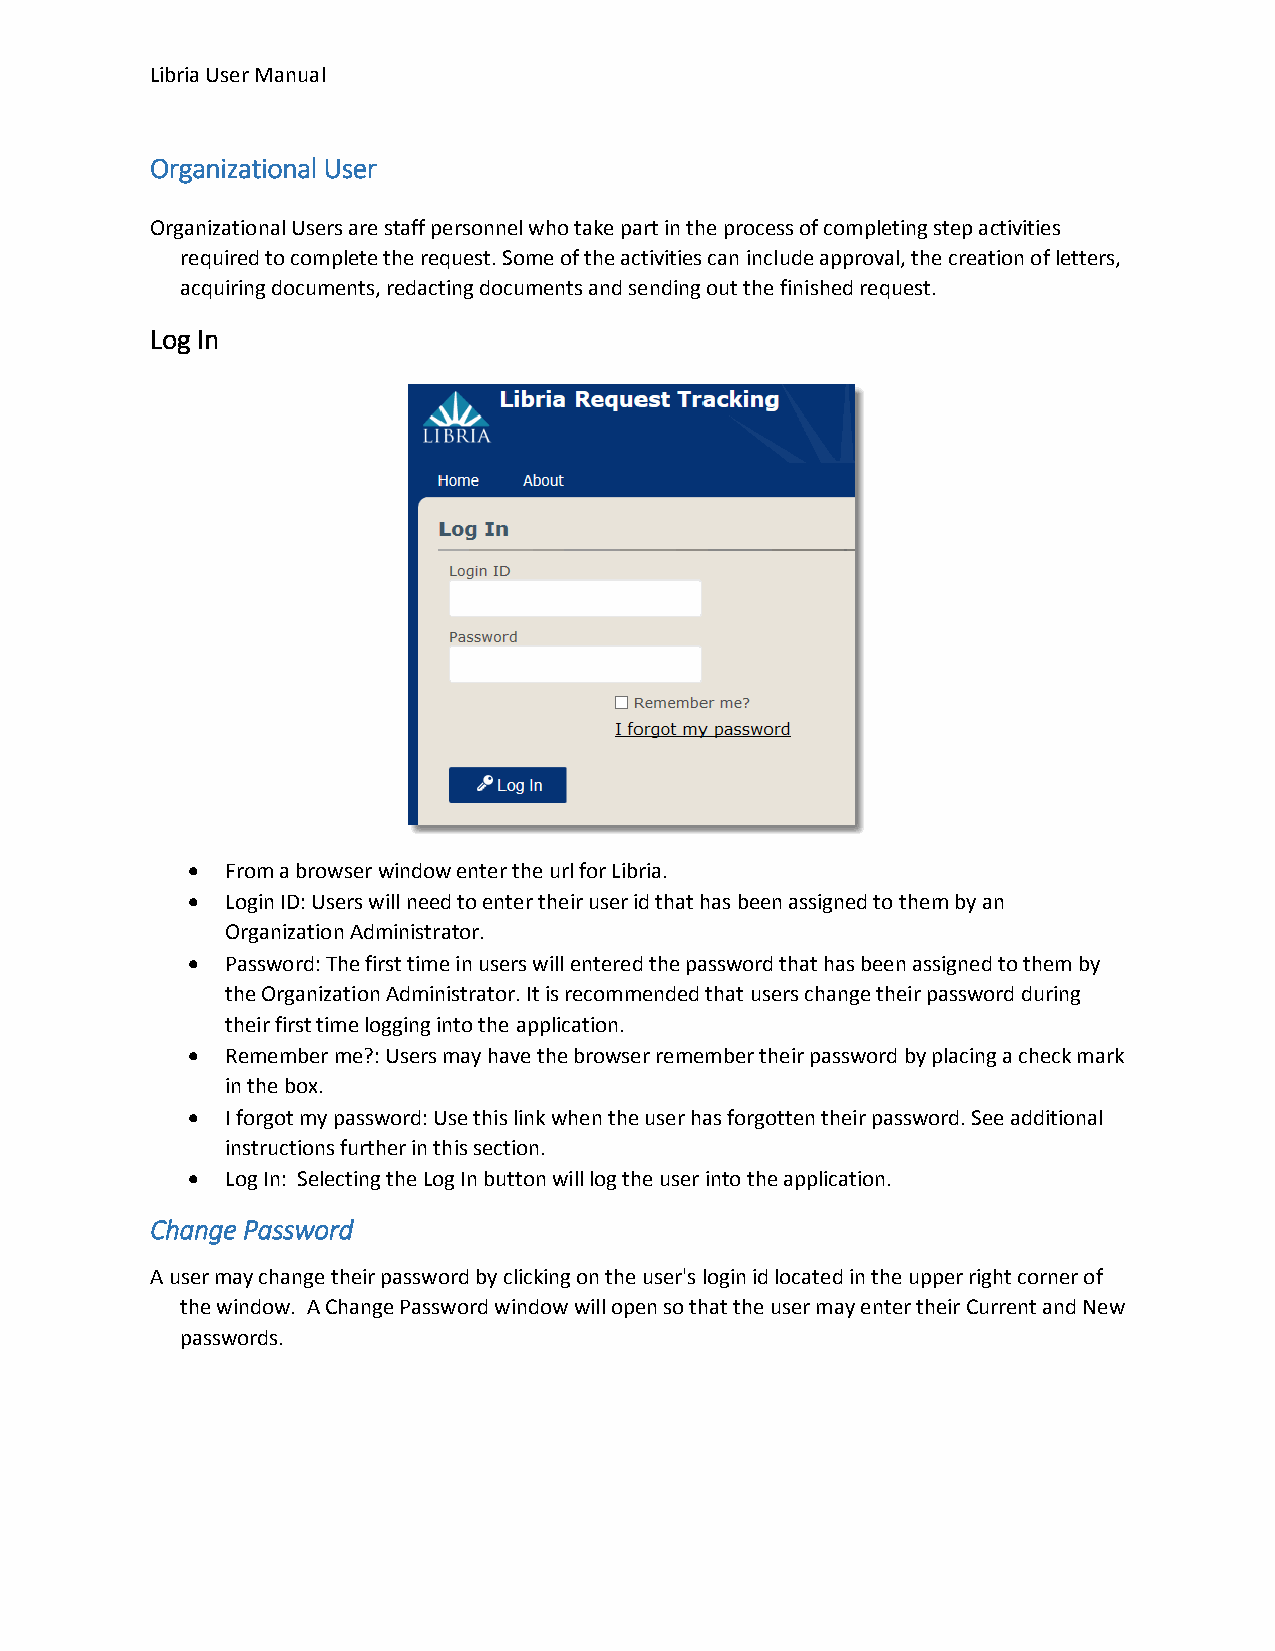
Libria User Manual
 Organizational User
 Organizational Users are staff personnel who take part in the process of completing step activities
 required to complete the request. Some of the activities can include approval, the creation of letters,
 acquiring documents, redacting documents and sending out the finished request.
 Log In
   From a browser window enter the url for Libria.
   Login ID: Users will need to enter their user id that has been assigned to them by an
 Organization Administrator.
   Password: The first time in users will entered the password that has been assigned to them by
 the Organization Administrator. It is recommended that users change their password during
 their first time logging into the application.
   Remember me?: Users may have the browser remember their password by placing a check mark
 in the box.
   I forgot my password: Use this link when the user has forgotten their password. See additional
 instructions further in this section.
   Log In: Selecting the Log In button will log the user into the application.
 Change Password
 A user may change their password by clicking on the user's login id located in the upper right corner of
 the window. A Change Password window will open so that the user may enter their Current and New
 passwords.